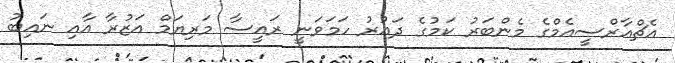
އެޗްއާރްސީއެމްގެ މެންބަރު ކަމުގެ ދައުރު ހަމަވަނީ ރައީސާ މަރިޔަމް އަޒުރާ އާއި ނައިބު